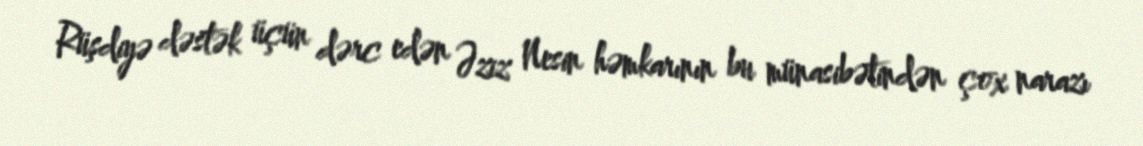
Rüşdiyə dəstək üçün dərc edən Əziz Nesin həmkarının bu münasibətindən çox narazı